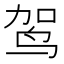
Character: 𫛤